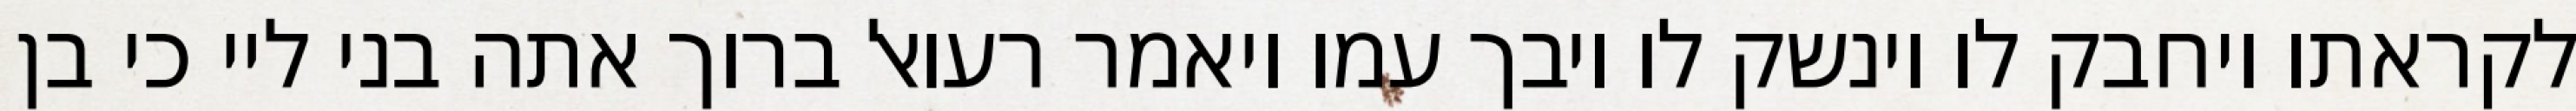
לקראתו ויחבק לו וינשק לו ויבך עמו ויאמר רעואל ברוך אתה בני ליי כי בן